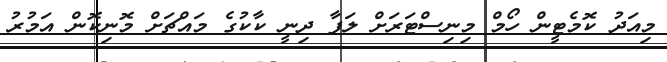
މިއަދު ކޮމެޓީން ހޯމް މިނިސްޓަރަށް ލަފާ ދިނީ ކާކުގެ މައްޗަށް މޮނިކޮން އަމުރު